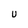
Character: U